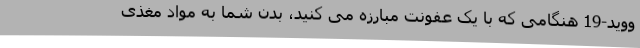
ووید-19 هنگامی که با یک عفونت مبارزه می کنید، بدن شما به مواد مغذی